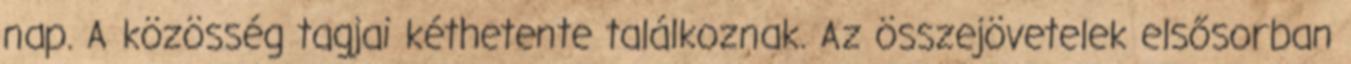
nap. A közösség tagjai kéthetente találkoznak. Az összejövetelek elsősorban